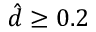
\hat { d } \ge 0 . 2